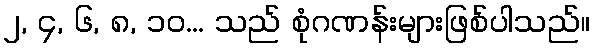
၂, ၄, ၆, ၈, ၁၀... သည် စုံဂဏန်းများဖြစ်ပါသည်။